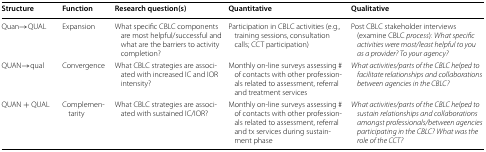
<table><thead><tr><td><b>Structure</b></td><td><b>Function</b></td><td><b>Research question(s)</b></td><td><b>Quantitative</b></td><td><b>Qualitative</b></td></tr></thead><tbody><tr><td>Quan→QUAL</td><td>Expansion</td><td>What specific CBLC components are most helpful/successful and what are the barriers to activity completion?</td><td>Participation in CBLC activities (e.g., training sessions, consultation calls; CCT participation)</td><td>Post CBLC stakeholder interviews (examine CBLC <i>process</i>): <i>What specific activities were most/least helpful to you as a provider? To your agency?</i></td></tr><tr><td>QUAN→qual</td><td>Convergence</td><td>What CBLC strategies are associated with increased IC and IOR intensity?</td><td>Monthly on-line surveys assessing # of contacts with other professionals related to assessment, referral and treatment services</td><td><i>What activities/parts of the CBLC helped to facilitate relationships and collaborations between agencies in the CBLC?</i></td></tr><tr><td>QUAN + QUAL</td><td>Complementarity</td><td>What CBLC strategies are associated with sustained IC/IOR?</td><td>Monthly on-line surveys assessing # of contacts with other professionals related to assessment, referral and tx services during sustainment phase</td><td><i>What activities/parts of the CBLC helped to sustain relationships and collaborations amongst professionals/between agencies participating in the CBLC? What was the role of the CCT?</i></td></tr></tbody></table>